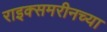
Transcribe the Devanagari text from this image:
राइक्समरीनच्या